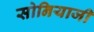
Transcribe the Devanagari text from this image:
सोनियाजी